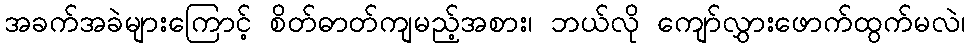
အခက်အခဲများကြောင့် စိတ်ဓာတ်ကျမည့်အစား၊ ဘယ်လို ကျော်လွှားဖောက်ထွက်မလဲ၊